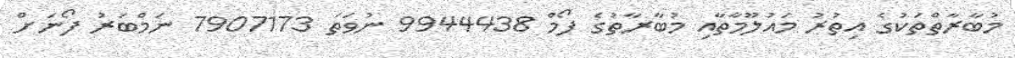
މުބާރާތްތަކުގެ އިތުރު މައުލޫމާތާއި މުބާރާތުގެ ފޯމް 9944438 ނުވަތަ 7907173 ނަމްބަރު ފޯނަށް